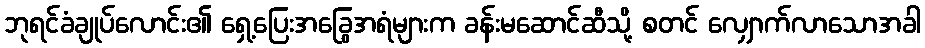
ဘုရင်ခံချုပ်လောင်း၏ ရှေ့ပြေးအခြွေအရံများက ခန်းမဆောင်ဆီသို့ စတင် လျှောက်လာသောအခါ